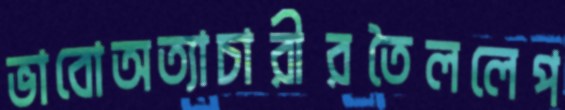
ভাবোঅত্যাচারীরতৈললেপ